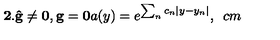
\mathbf { 2 . \hat { g } \neq 0 , g = 0 } a ( y ) = e ^ { \sum _ { n } c _ { n } | y - y _ { n } | } , \hspace { 5 c m }